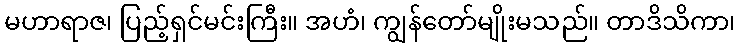
မဟာရာဇ၊ ပြည့်ရှင်မင်းကြီး။ အဟံ၊ ကျွန်တော်မျိုးမသည်။ တာဒိသိကာ၊